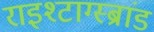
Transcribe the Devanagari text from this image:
राइश्टाग्स्ब्रांड